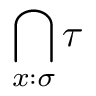
\bigcap _ { x : \sigma } \tau